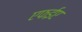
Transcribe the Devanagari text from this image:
एफईए